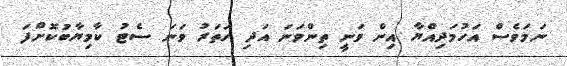
ނަމަވެސް އަހުމަދިއްޔާ އިން ވަނީ ތިންވަނަ އަދި ހަތަރު ވަނަ ސެޓު ކާމިޔާބުކޮށްފަ